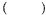
（）